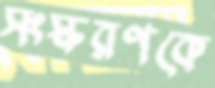
সংস্করণকে